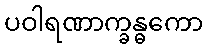
ပဝါရဏာက္ခန္ဓကော